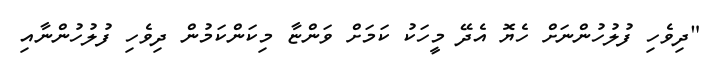
"ދިވެހި ފުލުހުންނަށް ހެޔޮ އެދޭ މީހަކު ކަމަށް ވަންޏާ މިކަންކަމުން ދިވެހި ފުލުހުންނާއި